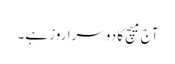
آج میچ کا دوسرا روز ہے۔